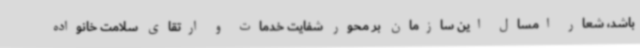
باشد، شعار امسال این سازمان بر محور شفایت خدمات و ارتقای سلامت خانواده